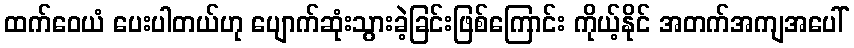
ထက်ဝေယံ ပေးပါတယ်ဟု ပျောက်ဆုံးသွားခဲ့ခြင်းဖြစ်ကြောင်း ကိုယ့်နိုင် အတက်အကျအပေါ်